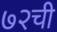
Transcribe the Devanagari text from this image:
७२ची